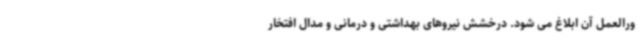
ورالعمل آن ابلاغ می شود. درخشش نیروهای بهداشتی و درمانی و مدال افتخار